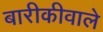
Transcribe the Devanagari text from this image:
बारीकीवाले